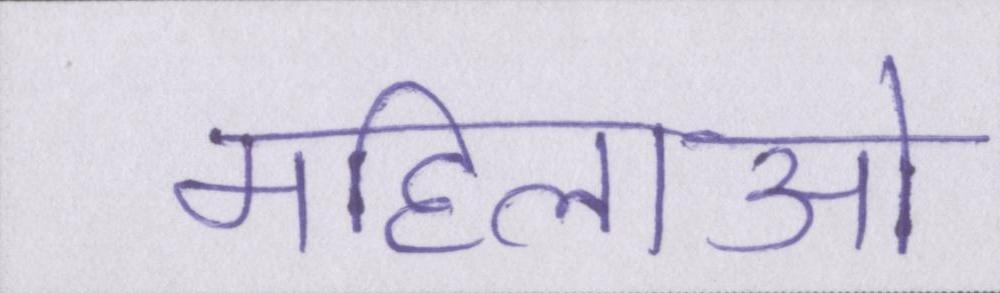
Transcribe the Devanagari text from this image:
महिलाओ